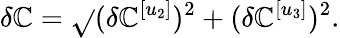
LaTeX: \delta\mathbb{C}=\sqrt{}{{(\delta\mathbb{C}^{[u_{2}]})^{2}+(\delta\mathbb{C}^{[u_{3}]})^{2}}}.